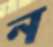
ন